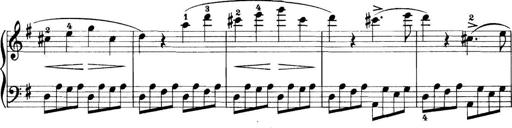
Title: 11 Sonatinas
Composer: Anton Diabelli